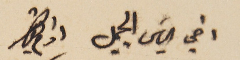
اخي الياسَ الجميل ادام بقاك